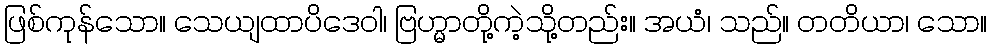
ဖြစ်ကုန်သော။ သေယျထာပိဒေဝါ၊ ဗြဟ္မာတို့ကဲ့သို့တည်း။ အယံ၊ သည်။ တတိယာ၊ သော။